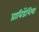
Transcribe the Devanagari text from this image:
प्राविडेंशिया